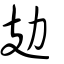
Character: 攰